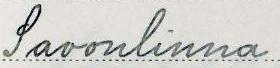
Savonlinna